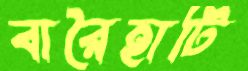
বারৈহাটি